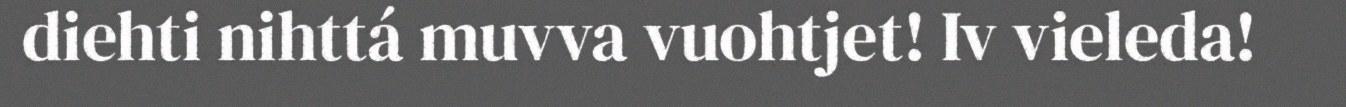
diehti nihttá muvva vuohtjet! Iv vieleda!